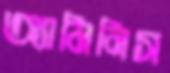
অ্যামিনিস